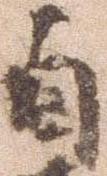
自